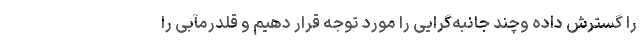
را گسترش داده وچند جانبه‌گرایی را مورد توجه قرار دهیم و قلدرمآبی را